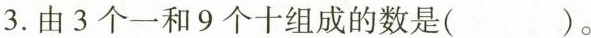
3.由3个一和9个十组成的数是( )。